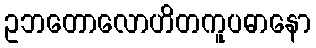
ဥဘတောလောဟိတကူပဓာနော